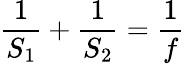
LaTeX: {\frac{1}{S_{1}}}+{\frac{1}{S_{2}}}={\frac{1}{f}}